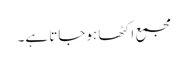
مجمع اکٹھا ہوجاتا ہے۔